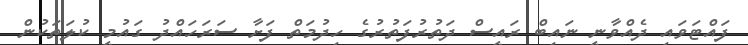
ފައްޓަވައި ދެއްވާނީ ނައިބް ރައީސް ދަތުުރުފަތުރުގެ ހިދުމަތް ފަށާ ސަރަހައްދު ގައުމީ ކުލަތަކުން